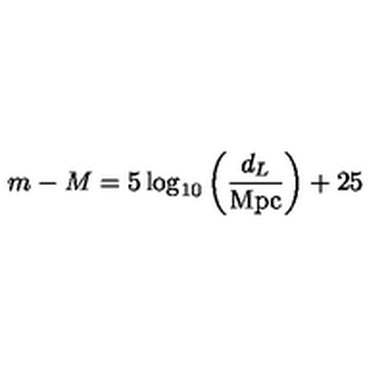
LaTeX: m - M = 5 \log _ { 1 0 } \left( \frac { d _ { L } } { \mathrm { M p c } } \right) + 2 5